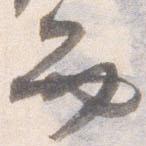
弁